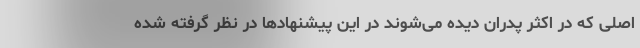
اصلی که در اکثر پدران دیده می‌شوند در این پیشنهادها در نظر گرفته شده